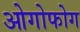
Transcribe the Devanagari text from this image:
ओगोफोग